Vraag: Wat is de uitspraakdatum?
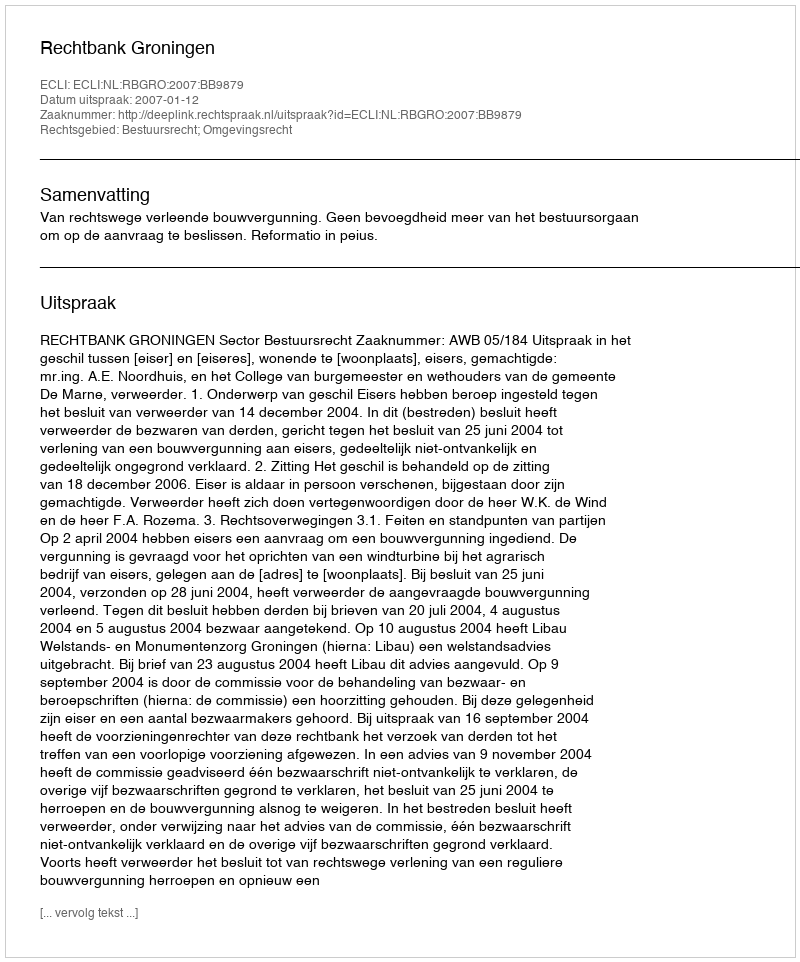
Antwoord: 2007-01-12